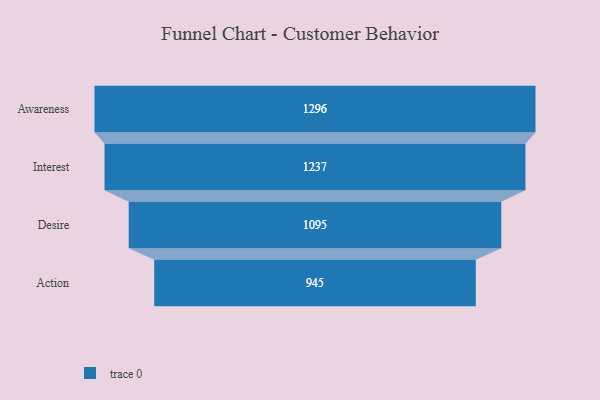
{"axis": {"x": "Stage", "y": "Value"}, "legend": [""], "data": [{"x": "Awareness", "y": 1296.0, "type": ""}, {"x": "Interest", "y": 1237.0, "type": ""}, {"x": "Desire", "y": 1095.0, "type": ""}, {"x": "Action", "y": 945.0, "type": ""}]}